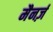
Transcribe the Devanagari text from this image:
मैनर्ज़